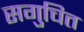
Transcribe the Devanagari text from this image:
सगुचित